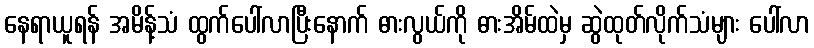
နေရာယူရန် အမိန့်သံ ထွက်ပေါ်လာပြီးနောက် ဓားလွယ်ကို ဓားအိမ်ထဲမှ ဆွဲထုတ်လိုက်သံများ ပေါ်လာ